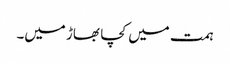
ہمت میں کچا بھاڑ میں۔